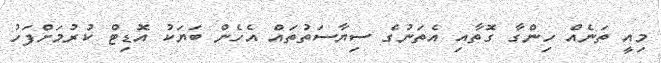
މިއީ ތަނެއް ހިންގާ ގޮތާއި އެތަނުގެ ސިޔާސަތުތައް އެހެން ބަޔަކު އޮޑިޓް ކުރުމަށްފަހު